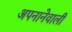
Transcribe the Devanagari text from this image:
अपनानेवाली